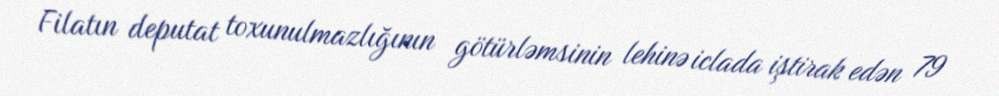
Filatın deputat toxunulmazlığının götürləmsinin lehinə iclada iştirak edən 79